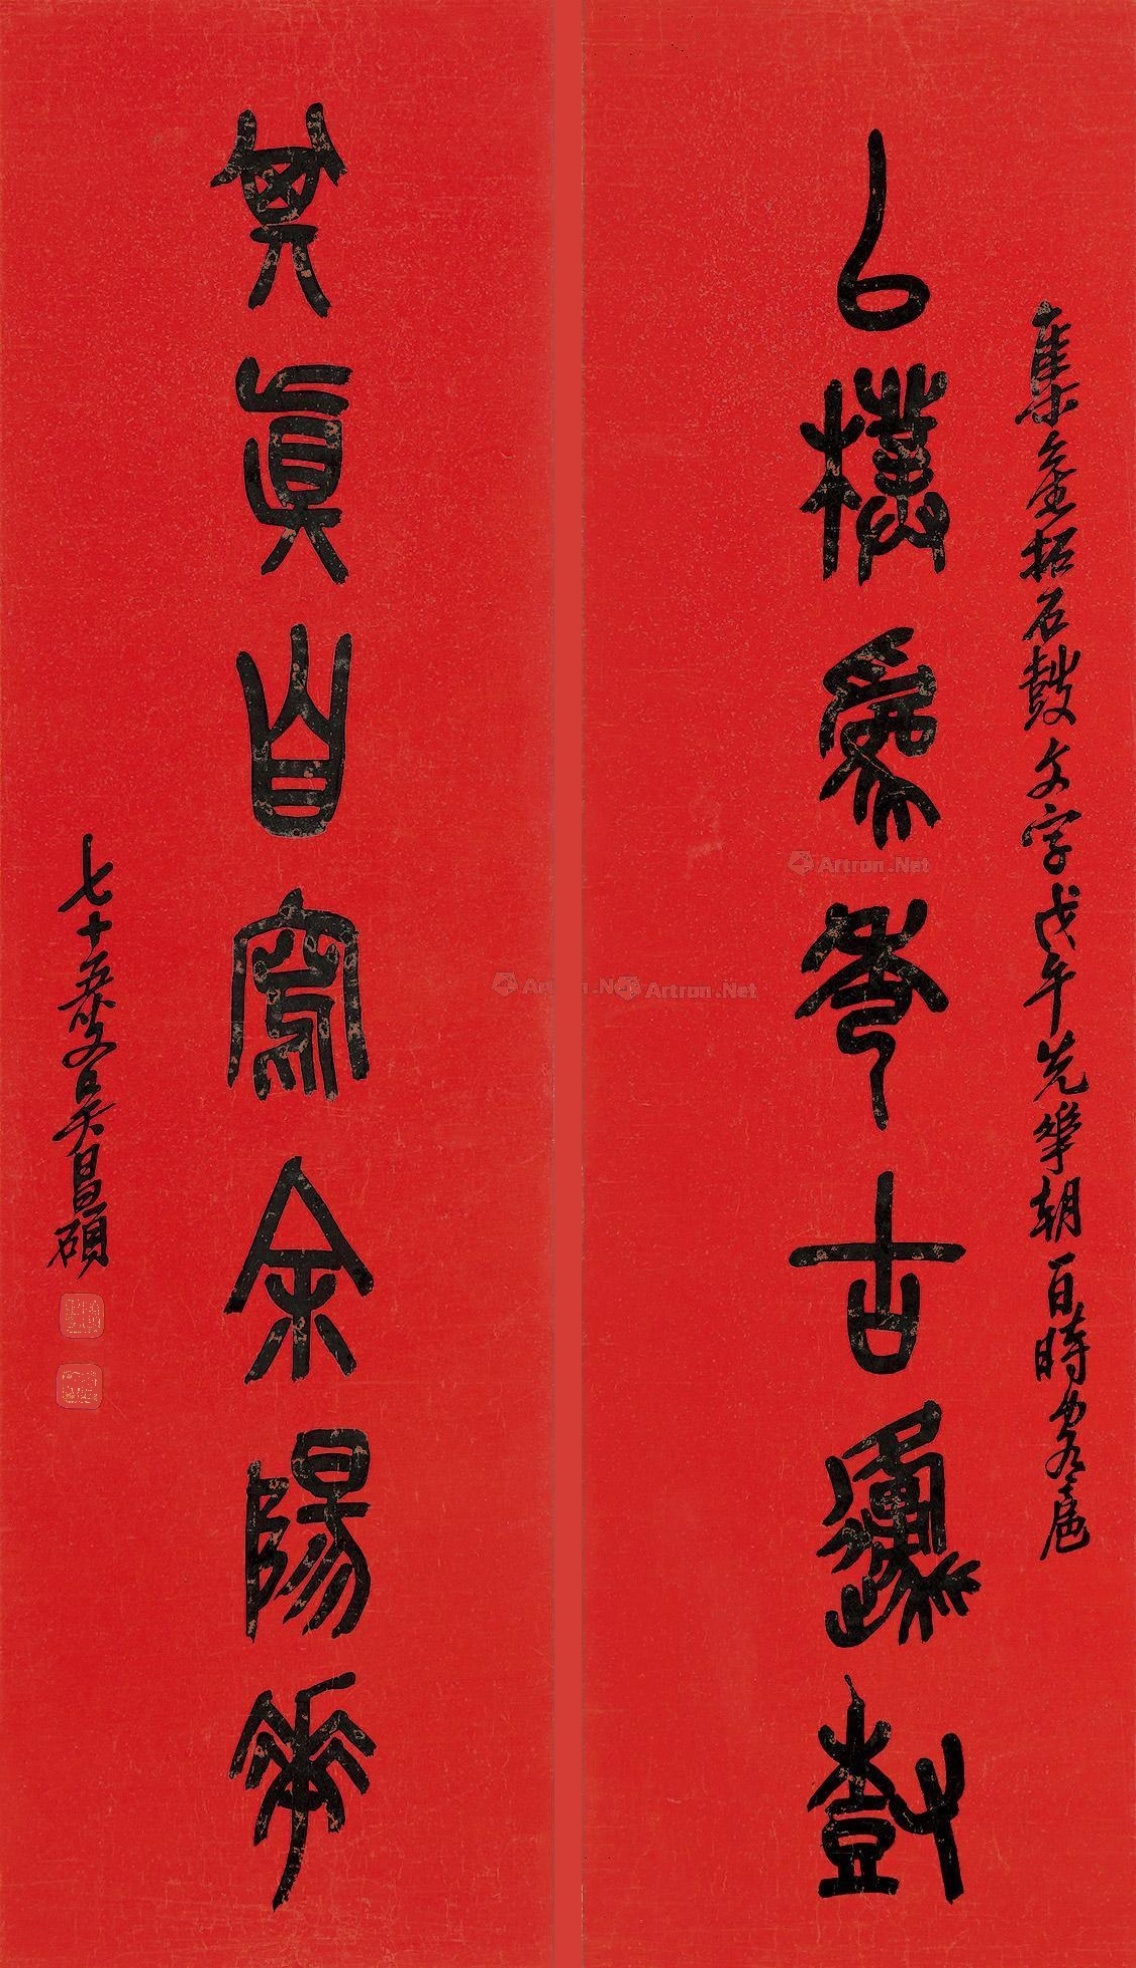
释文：以朴为秀古原树，其真自写余阳花。集旧拓石鼓文字，戊午（1918）先花朝一日，时客沪，七十五叟吴昌硕。